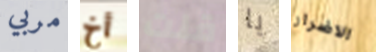
مربي أخ قلت يا الاضرار